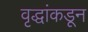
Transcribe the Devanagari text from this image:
वृद्धांकडून